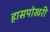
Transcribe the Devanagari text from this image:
हासपोखरी